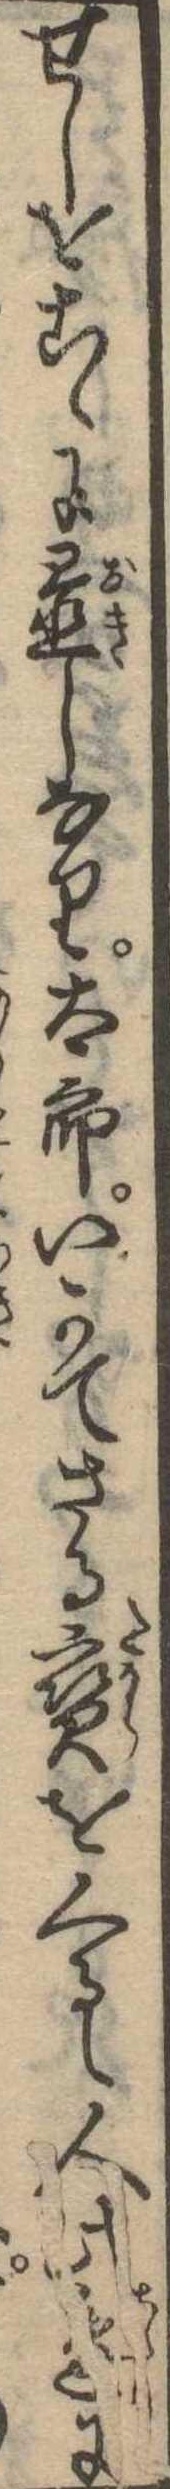
せしをこゝに置しなり太郎いかてさる宝をくるゝ人此辺に